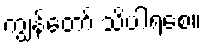
ကျွန်တော် သိပါရစေ။